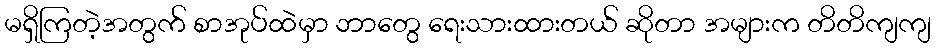
မရှိကြတဲ့အတွက် စာအုပ်ထဲမှာ ဘာတွေ ရေးသားထားတယ် ဆိုတာ အများက တိတိကျကျ